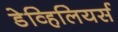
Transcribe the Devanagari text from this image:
डेव्हिलियर्स